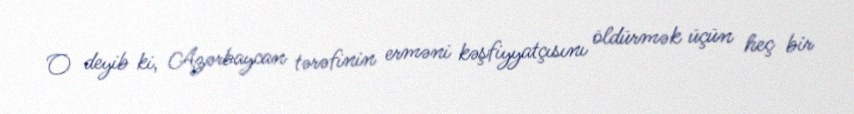
O deyib ki, Azərbaycan tərəfinin erməni kəşfiyyatçısını öldürmək üçün heç bir